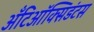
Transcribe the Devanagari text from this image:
अँटिऑक्सिडंटस